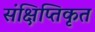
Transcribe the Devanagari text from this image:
संक्षिप्तिकृत